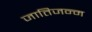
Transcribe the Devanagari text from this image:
जातिजन्म